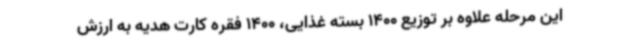
این مرحله علاوه بر توزیع 1400 بسته غذایی، 1400 فقره کارت هدیه به ارزش